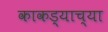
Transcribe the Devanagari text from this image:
काकड्याच्या